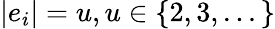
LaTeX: |e_{i}|=u,u\in\{ 2,3,...\}